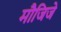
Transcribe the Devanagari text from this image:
मौजिजे